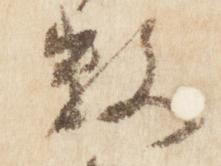
数